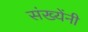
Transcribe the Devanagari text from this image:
संख्येंनी